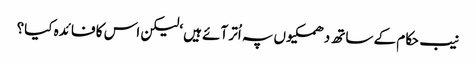
نیب حکام کے ساتھ دھمکیوں پہ اُتر آئے ہیں ‘لیکن اس کا فائدہ کیا؟